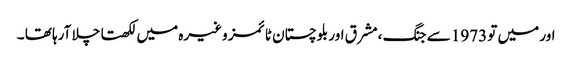
اور میں تو 1973 سے جنگ ،مشرق اور بلوچستان ٹائمز وغیرہ میں لکھتا چلا آرہا تھا ۔